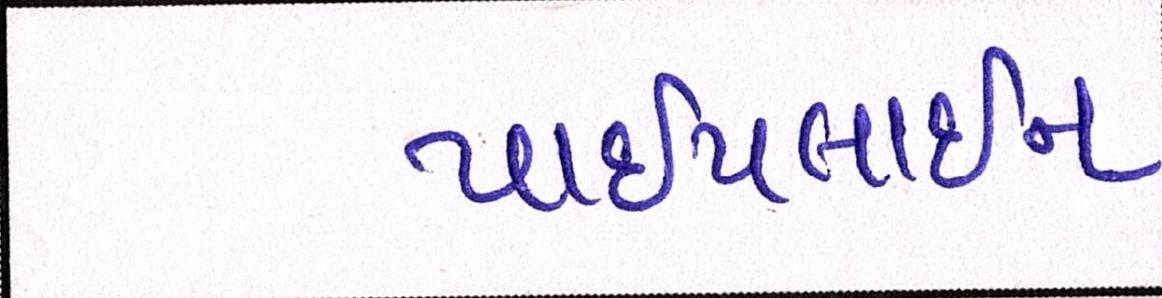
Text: પાઈપલાઈન